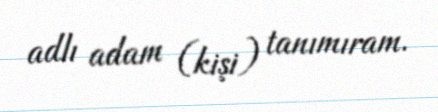
adlı adam (kişi) tanımıram.